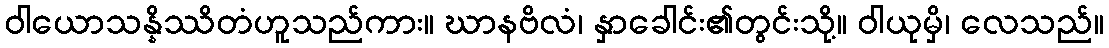
ဝါယောသန္နိဿိတံဟူသည်ကား။ ဃာနဗိလံ၊ နှာခေါင်း၏တွင်းသို့။ ဝါယုမှိ၊ လေသည်။